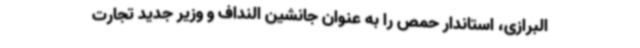
البرازی، استاندار حمص را به عنوان جانشین النداف و وزیر جدید تجارت